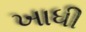
ખાધી